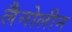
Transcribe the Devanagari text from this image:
लैनोलीन